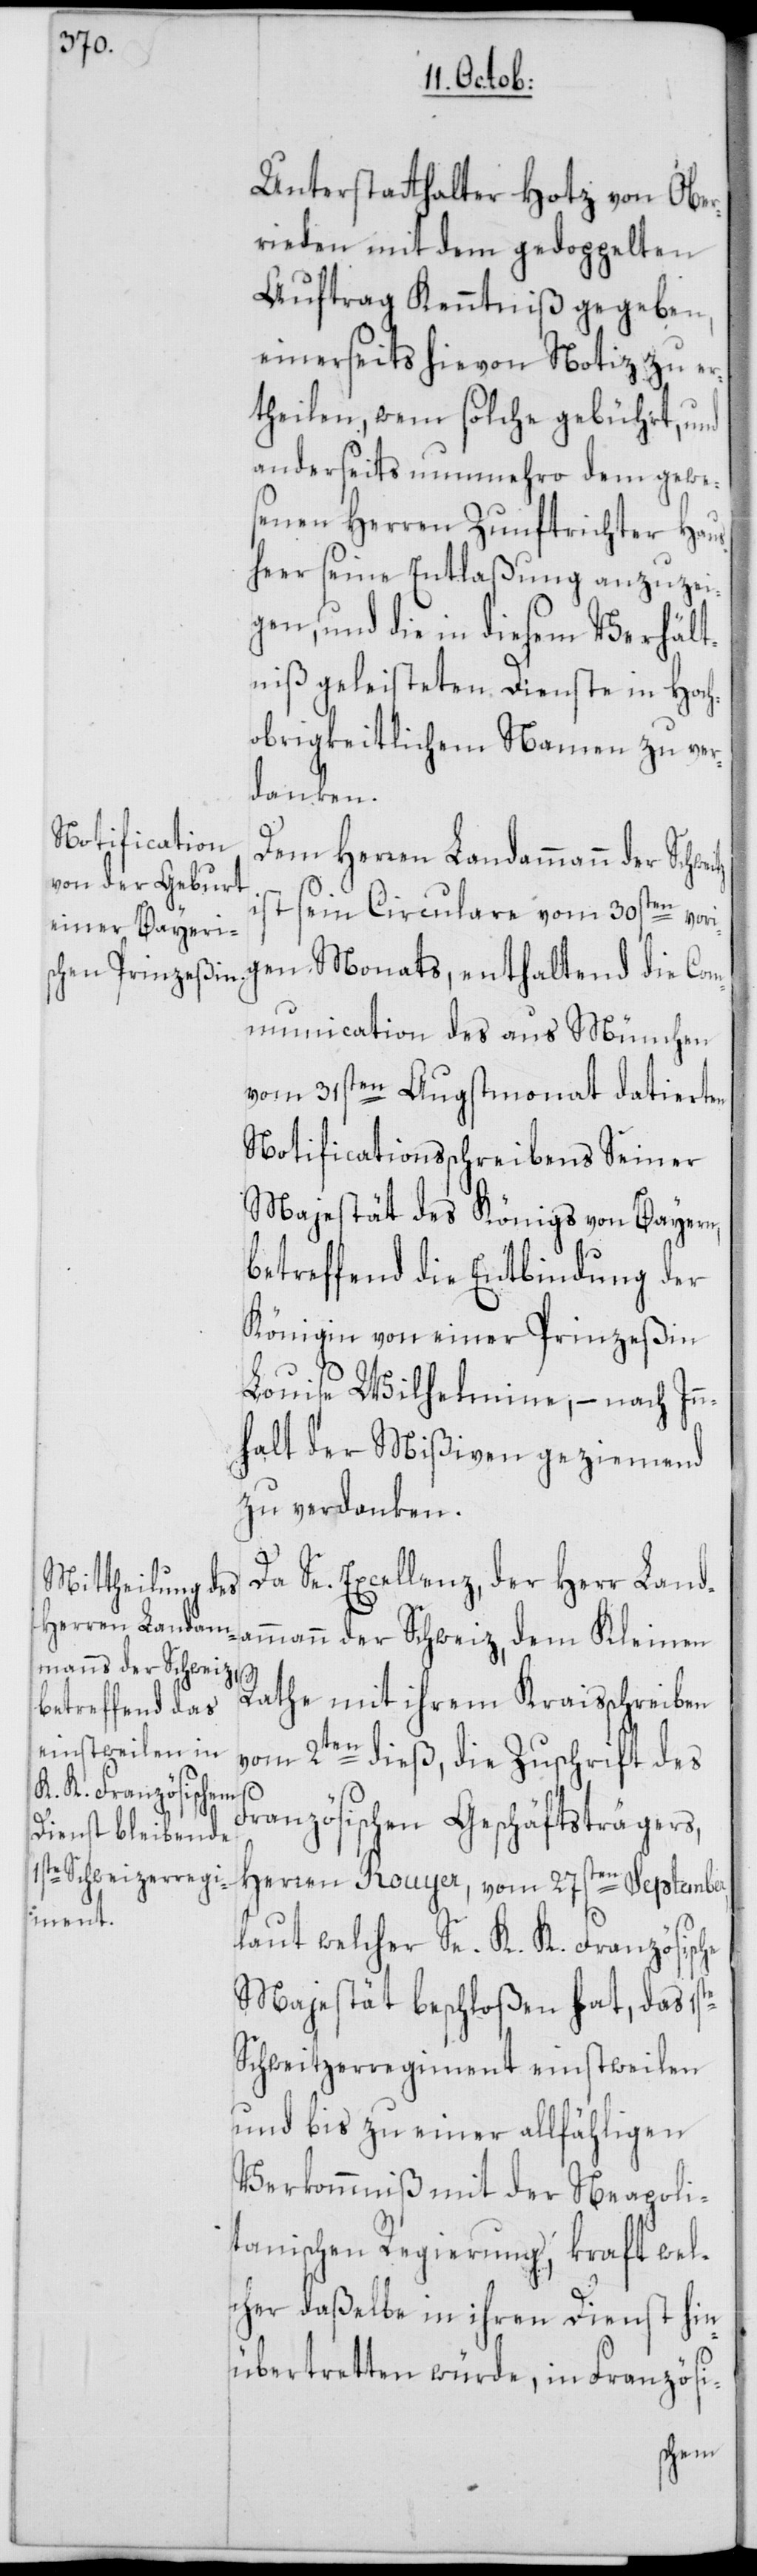
Herren Landam¬
mann der Schweitz i¬

Unterstatthalter Hotz von Ober¬
rieden mit dem gedoppelten
Auftrag Kenntniß gegeben,
einerseits hievon Notiz zu er¬
theilen, wem solche gebührt, und
anderseits nunmehro dem gewe¬
senen Herren Zunftrichter Haus¬
heer seine Entlaßung anzuzei¬
gen, und die in diesem Verhält¬
niß geleisteten Dienste in Hoch¬
obrigkeitlichem Namen zu ver¬
danken.
st sein Circulare vom 30sten vor¬
igen Monats, enthaltend die Com¬
munication des aus München
vom 31sten Augstmonat datierten
Notificationsschreiben Seiner
Majestät des Königs von Bayern,
betreffend die Entbindung der
Königin von einer Prinzeßin
Louise Wilhelmine, – nach In¬
nhalt der Mißiven geziemend
zu verdanken.
Da Se. Excellenz, der Herr Land¬
ammann der Schweiz, dem Kleinen
Rathe mit ihrem Kraisschreiben
vom 2ten dieß, die Zuschrift des
te
Französischen Geschäftsträgers,
Herren Rouyer, vom 27sten September,
laut welcher Se. K. K. Französische
Majestät beschloßen hat, das 1s¬
Schweitzerregiment einstweilen
und bis zu einer allfähligen
Verkommniß mit der Neapoli¬
tanischen Regierung, kraft wel¬
cher daßelbe in ihren Dienst hin¬
übertretten würde, in Französi-